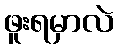
ဖူးရမှာလဲ